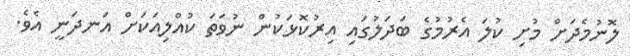
ލޮނުމެދަށް މުށި ކުލަ އެރުމުގެ ބަދަލުގައި އިރުކޮޅަކުން ނުވަތަ ކުއްލިއަކަށް އަނދަނީ އެވެ.